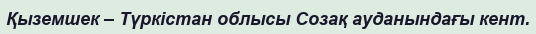
Қыземшек – Түркістан облысы Созақ ауданындағы кент.